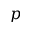
p